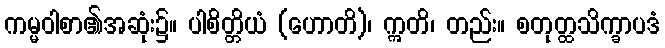
ကမ္မဝါစာ၏အဆုံး၌။ ပါစိတ္တိယံ (ဟောတိ)၊ ဣတိ၊ တည်း။ စတုတ္ထသိက္ခာပဒံ